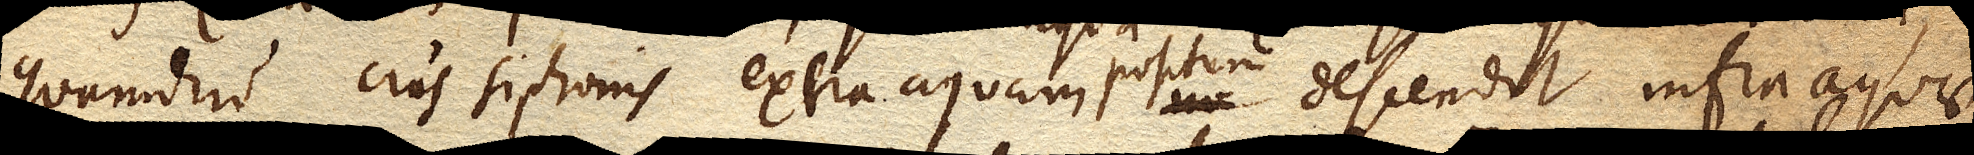
quamdiu crus siphonis extra aquam descendit infra aquae